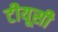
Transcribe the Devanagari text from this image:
टीयूसी